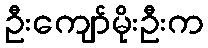
ဦးကျော်မိုးဦးက